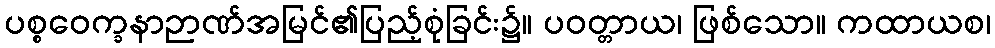
ပစ္စဝေက္ခနာဉာဏ်အမြင်၏ပြည့်စုံခြင်း၌။ ပဝတ္တာယ၊ ဖြစ်သော။ ကထာယစ၊